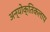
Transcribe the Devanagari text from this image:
अन्योक्तिकलाप